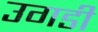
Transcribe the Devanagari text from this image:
उगडी